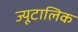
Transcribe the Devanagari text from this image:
ज्यूटालिक